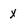
Character: x